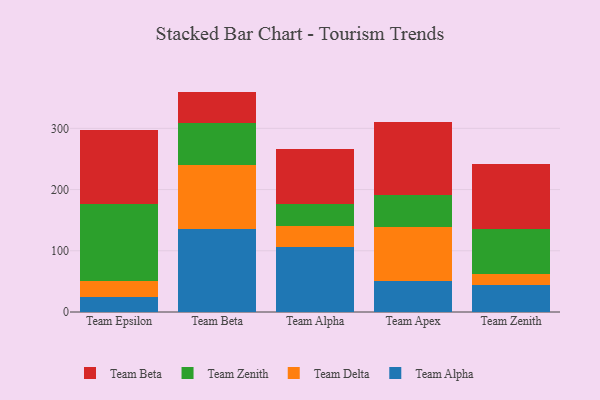
{"axis": {"x": "Team", "y": "Budget (USD K)"}, "legend": ["Team Alpha", "Team Beta", "Team Delta", "Team Zenith"], "data": [{"x": "Team Epsilon", "y": 24.1, "type": "Team Alpha"}, {"x": "Team Epsilon", "y": 26.4, "type": "Team Delta"}, {"x": "Team Epsilon", "y": 126.5, "type": "Team Zenith"}, {"x": "Team Epsilon", "y": 120.9, "type": "Team Beta"}, {"x": "Team Beta", "y": 136.2, "type": "Team Alpha"}, {"x": "Team Beta", "y": 104.5, "type": "Team Delta"}, {"x": "Team Beta", "y": 68.8, "type": "Team Zenith"}, {"x": "Team Beta", "y": 50.5, "type": "Team Beta"}, {"x": "Team Alpha", "y": 106.7, "type": "Team Alpha"}, {"x": "Team Alpha", "y": 34.5, "type": "Team Delta"}, {"x": "Team Alpha", "y": 34.7, "type": "Team Zenith"}, {"x": "Team Alpha", "y": 90.4, "type": "Team Beta"}, {"x": "Team Apex", "y": 51.3, "type": "Team Alpha"}, {"x": "Team Apex", "y": 86.9, "type": "Team Delta"}, {"x": "Team Apex", "y": 52.5, "type": "Team Zenith"}, {"x": "Team Apex", "y": 119.4, "type": "Team Beta"}, {"x": "Team Zenith", "y": 44.1, "type": "Team Alpha"}, {"x": "Team Zenith", "y": 17.2, "type": "Team Delta"}, {"x": "Team Zenith", "y": 74.5, "type": "Team Zenith"}, {"x": "Team Zenith", "y": 106.7, "type": "Team Beta"}]}